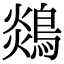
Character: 𪂈